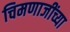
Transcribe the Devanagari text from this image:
चिमणाजींच्या